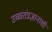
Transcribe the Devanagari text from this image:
उच्चतंत्रज्ञानाशी